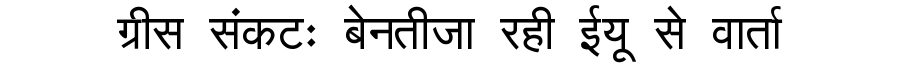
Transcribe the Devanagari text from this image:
ग्रीस संकटः बेनतीजा रही ईयू से वार्ता